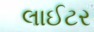
લાઈટર